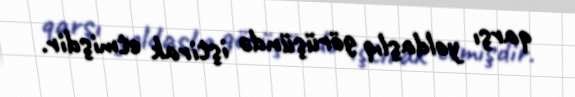
qarşı yoldaşlıq görüşündə iştirak etmişdir.